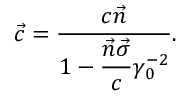
\vec { c } = \frac { c \vec { n } } { 1 - \displaystyle \frac { \vec { n } \vec { \sigma } } { c } \gamma _ { 0 } ^ { - 2 } } .